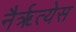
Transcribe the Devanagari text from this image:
नैर्ॠत्येस